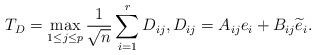
LaTeX: \begin{align*}T_D=\max_{1\leq j\leq p}\frac{1}{\sqrt{n}}\sum^{r}_{i=1}D_{ij},D_{ij}=A_{ij}e_i+B_{ij}\widetilde{e}_i.\end{align*}